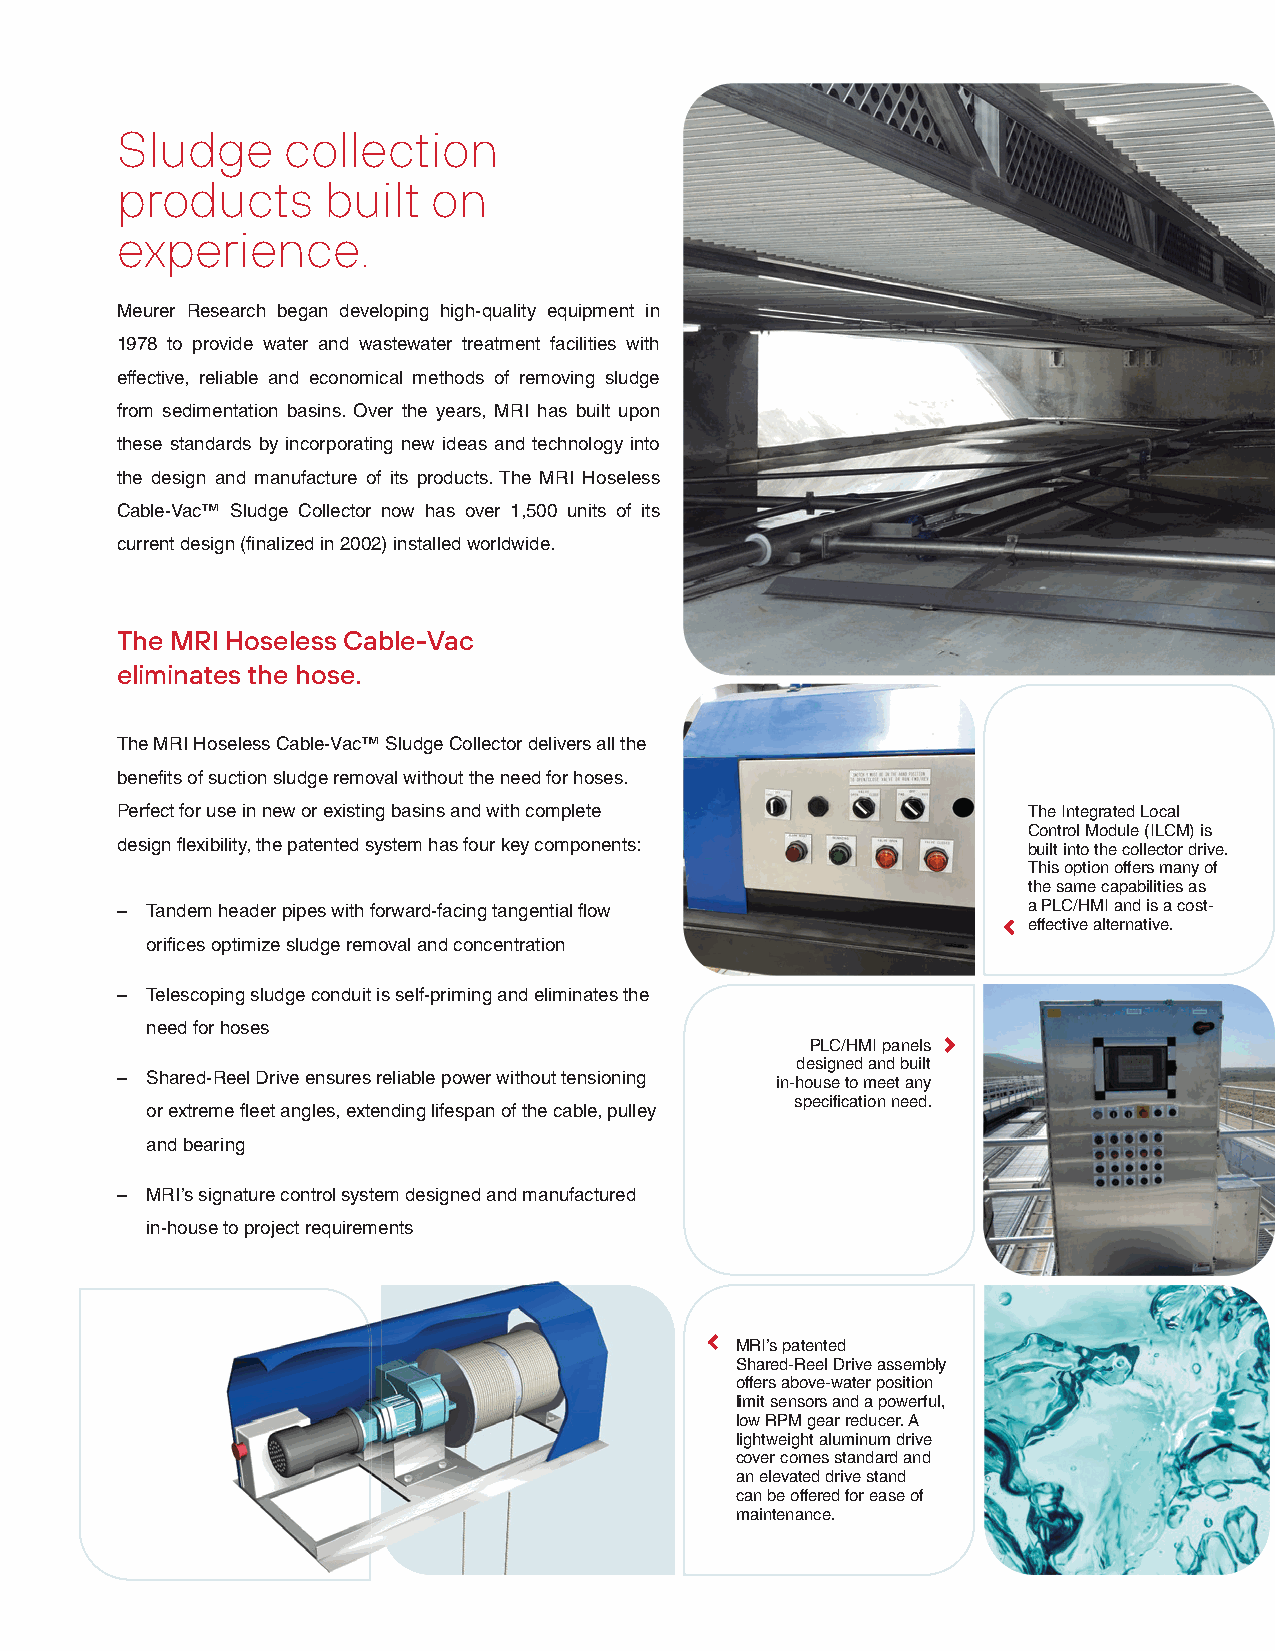
Sludge     collection
 products     built   on
 experience.
 Meurer Research began developing high-quality equipment in
 1978 to provide water and wastewater treatment facilities with
 effective, reliable and economical methods of removing sludge
 from sedimentation basins. Over the years, MRI has built upon
 these standards by incorporating new ideas and technology into
 the design and manufacture of its products. The MRI Hoseless
 Cable-Vac™ Sludge Collector now has over 1,500 units of its
 current design (finalized in 2002) installed worldwide.
 The MRI Hoseless Cable-Vac
 eliminates the hose.
 The MRI Hoseless Cable-Vac™ Sludge Collector delivers all the
 benefits of suction sludge removal without the need for hoses.
 Perfect for use in new or existing basins and with complete The Integrated Local
 Control Module (ILCM) is
 design flexibility, the patented system has four key components: built into the collector drive.
 This option offers many of
 the same capabilities as
 – Tandem header pipes with forward-facing tangential flow   a PLC/HMI and is a cost-
 effective alternative.
 orifices optimize sludge removal and concentration
 – Telescoping sludge conduit is self-priming and eliminates the
 need for hoses
 PLC/HMI panels
 designed and built
 – Shared-Reel Drive ensures reliable power without tensioning in-house to meet any
 specification need.
 or extreme fleet angles, extending lifespan of the cable, pulley
 and bearing
 – MRI’s signature control system designed and manufactured
 in-house to project requirements
 MRI’s patented
 Shared-Reel Drive assembly
 offers above-water position
 limit sensors and a powerful,
 low RPM gear reducer. A
 lightweight aluminum drive
 cover comes standard and
 an elevated drive stand
 can be offered for ease of
 maintenance.